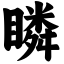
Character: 瞵